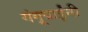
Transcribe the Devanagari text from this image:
गंगूबाईंनी